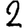
Digit: 2